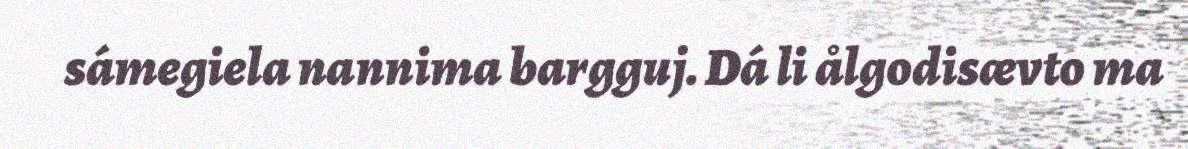
sámegiela nannima bargguj. Dá li ålgodisævto ma